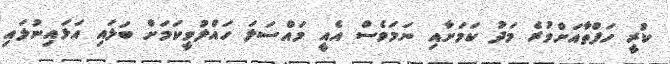
ކުރީ ހަފްތާއަށްވުރެ މަދު ކަމަށާއި ނަމަވެސް އެއީ މައްސަލަ ހައްލުވީކަމަށް ބަލައި އަޅައިނުލައި